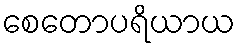
စေတောပရိယာယ